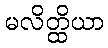
မလိတ္ထိယာ